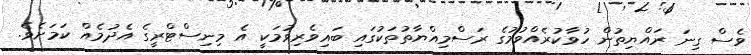
ވެސް ގިނަ ރައްޔިތުން ހުވާކުރެއްވުމުގެ ރަސްމިއްޔާތުތަކުގައި ބައިވެރިވުމަކީ އެ މިނިސްޓްރީގެ އެދުމެއް ކަމަށެވެ.